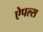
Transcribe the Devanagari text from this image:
ऐपल्स